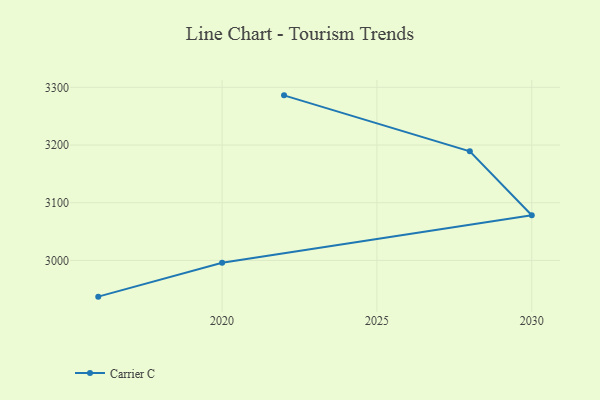
{"axis": {"x": "Year", "y": "Temperature (°C)"}, "legend": ["Carrier C"], "data": [{"x": "2022", "y": 3286.1, "type": "Carrier C"}, {"x": "2028", "y": 3189.0, "type": "Carrier C"}, {"x": "2030", "y": 3078.2, "type": "Carrier C"}, {"x": "2020", "y": 2996.0, "type": "Carrier C"}, {"x": "2016", "y": 2937.2, "type": "Carrier C"}]}